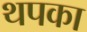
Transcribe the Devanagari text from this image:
थपका